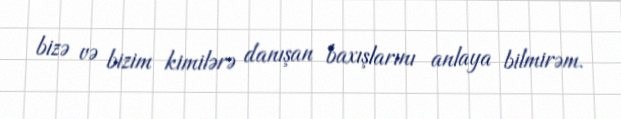
bizə və bizim kimilərə danışan baxışlarını anlaya bilmirəm.